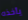
يأخذه